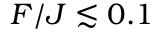
F / J \lesssim 0 . 1